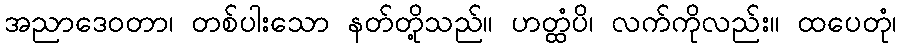
အညာဒေဝတာ၊ တစ်ပါးသော နတ်တို့သည်။ ဟတ္ထံပိ၊ လက်ကိုလည်း။ ထပေတုံ၊